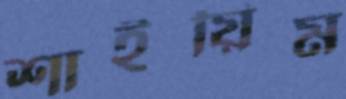
শাইয়িম